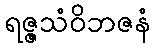
ရဇ္ဇသံဝိဘဇနံ